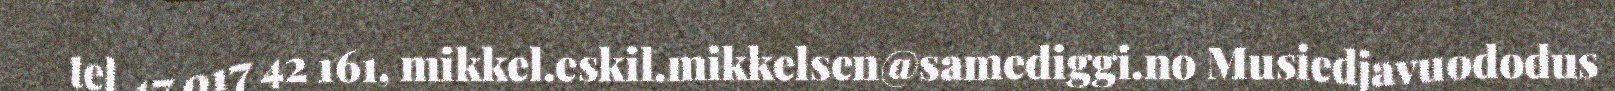
tel.47 917 42 161, mikkel.eskil.mikkelsen@samediggi.no Musiedjavuododus